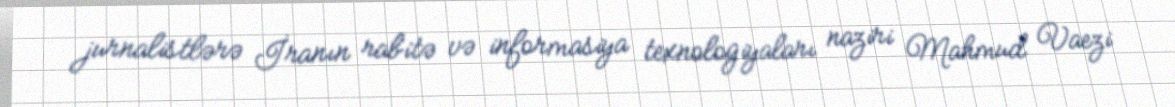
jurnalistlərə İranın rabitə və informasiya texnologiyaları naziri Mahmud Vaezi